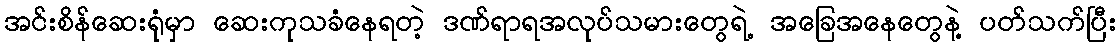
အင်းစိန်ဆေးရုံမှာ ဆေးကုသခံနေရတဲ့ ဒဏ်ရာရအလုပ်သမားတွေရဲ့ အခြေအနေတွေနဲ့ ပတ်သက်ပြီး